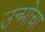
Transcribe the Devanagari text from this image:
उन्मोचा